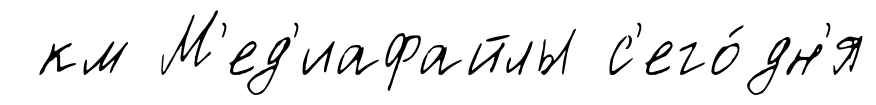
км М'ед'иафайлы с'его́дн'я